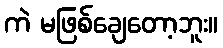
ကဲ မဖြစ်ချေတော့ဘူး။